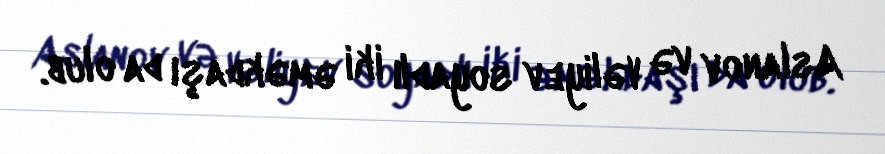
Aslanov və Vəliyev soyadlı iki əməkdaşı da olub.